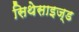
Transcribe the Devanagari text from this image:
सिथेसाइज्ड